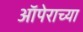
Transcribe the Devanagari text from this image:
ऑपेराच्या